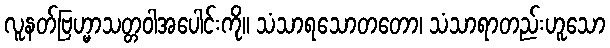
လူနတ်ဗြဟ္မာသတ္တဝါအပေါင်းကို။ သံသာရသောတတော၊ သံသာရာတည်းဟူသော